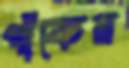
পাঁকের